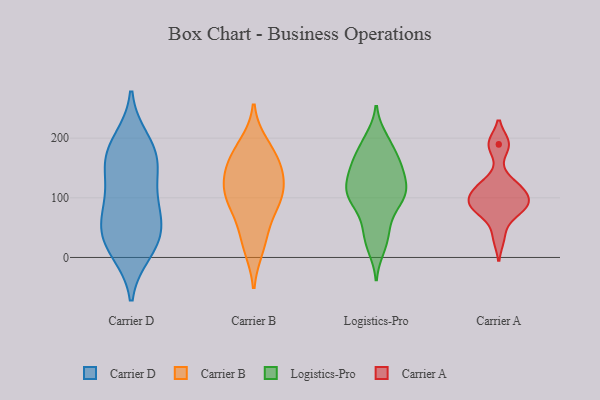
{"axis": {"x": "Demand Index", "y": "Value"}, "legend": ["Carrier A", "Carrier B", "Carrier D", "Logistics-Pro"], "data": [{"x": "", "y": 163, "type": "Carrier D"}, {"x": "", "y": 90, "type": "Carrier D"}, {"x": "", "y": 107, "type": "Carrier D"}, {"x": "", "y": 40, "type": "Carrier D"}, {"x": "", "y": 58, "type": "Carrier D"}, {"x": "", "y": 182, "type": "Carrier D"}, {"x": "", "y": 21, "type": "Carrier D"}, {"x": "", "y": 29, "type": "Carrier D"}, {"x": "", "y": 74, "type": "Carrier D"}, {"x": "", "y": 158, "type": "Carrier D"}, {"x": "", "y": 195, "type": "Carrier D"}, {"x": "", "y": 11, "type": "Carrier D"}, {"x": "", "y": 154, "type": "Carrier D"}, {"x": "", "y": 91, "type": "Carrier B"}, {"x": "", "y": 124, "type": "Carrier B"}, {"x": "", "y": 158, "type": "Carrier B"}, {"x": "", "y": 46, "type": "Carrier B"}, {"x": "", "y": 190, "type": "Carrier B"}, {"x": "", "y": 138, "type": "Carrier B"}, {"x": "", "y": 166, "type": "Carrier B"}, {"x": "", "y": 106, "type": "Carrier B"}, {"x": "", "y": 15, "type": "Carrier B"}, {"x": "", "y": 93, "type": "Carrier B"}, {"x": "", "y": 194, "type": "Logistics-Pro"}, {"x": "", "y": 107, "type": "Logistics-Pro"}, {"x": "", "y": 147, "type": "Logistics-Pro"}, {"x": "", "y": 120, "type": "Logistics-Pro"}, {"x": "", "y": 91, "type": "Logistics-Pro"}, {"x": "", "y": 157, "type": "Logistics-Pro"}, {"x": "", "y": 159, "type": "Logistics-Pro"}, {"x": "", "y": 16, "type": "Logistics-Pro"}, {"x": "", "y": 60, "type": "Logistics-Pro"}, {"x": "", "y": 200, "type": "Logistics-Pro"}, {"x": "", "y": 106, "type": "Logistics-Pro"}, {"x": "", "y": 111, "type": "Logistics-Pro"}, {"x": "", "y": 48, "type": "Logistics-Pro"}, {"x": "", "y": 100, "type": "Logistics-Pro"}, {"x": "", "y": 101, "type": "Logistics-Pro"}, {"x": "", "y": 27, "type": "Logistics-Pro"}, {"x": "", "y": 134, "type": "Logistics-Pro"}, {"x": "", "y": 177, "type": "Logistics-Pro"}, {"x": "", "y": 150, "type": "Logistics-Pro"}, {"x": "", "y": 190, "type": "Carrier A"}, {"x": "", "y": 82, "type": "Carrier A"}, {"x": "", "y": 99, "type": "Carrier A"}, {"x": "", "y": 34, "type": "Carrier A"}, {"x": "", "y": 79, "type": "Carrier A"}, {"x": "", "y": 117, "type": "Carrier A"}, {"x": "", "y": 111, "type": "Carrier A"}, {"x": "", "y": 83, "type": "Carrier A"}, {"x": "", "y": 189, "type": "Carrier A"}, {"x": "", "y": 93, "type": "Carrier A"}, {"x": "", "y": 125, "type": "Carrier A"}]}